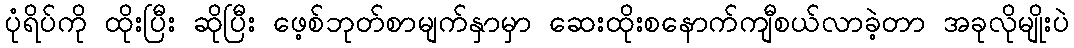
ပုံရိပ်ကို ထိုးပြီး ဆိုပြီး ဖေ့စ်ဘုတ်စာမျက်နှာမှာ ဆေးထိုးစနောက်ကျီစယ်လာခဲ့တာ အခုလိုမျိုးပဲ